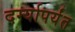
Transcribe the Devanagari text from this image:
दर्ग्यापर्यंत